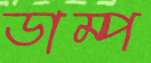
ডাম্প